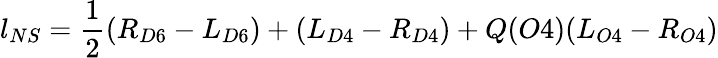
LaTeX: l_{NS}=\frac{1}{2}(R_{D6}-L_{D6})+(L_{D4}-R_{D4})+Q(O4)(L_{O4}-R_{O4})